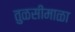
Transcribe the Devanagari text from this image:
तुळसीमाळा